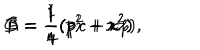
LaTeX: A = \frac { 1 } { 4 } ( p ^ { 2 } + x ^ { 2 } ) \hspace { 1 c m } B = \frac { 1 } { 4 } ( p ^ { 2 } - x ^ { 2 } ) \hspace { 1 c m } C = \frac { 1 } { 4 } ( p x + x p ) ,